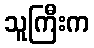
သူကြီးက